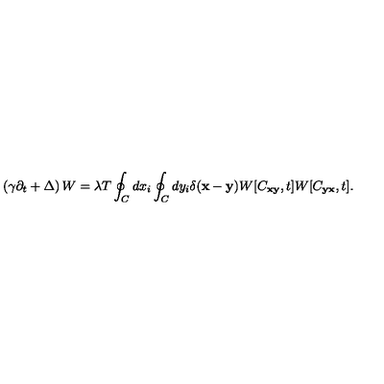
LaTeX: \left( \gamma \partial _ { t } + \Delta \right) W = \lambda T \oint _ { C } ^ { } d x _ { i } \oint _ { C } ^ { } d y _ { i } \delta ( { \bf x } - { \bf y } ) W [ C _ { \bf x y } , t ] W [ C _ { \bf y x } , t ] .